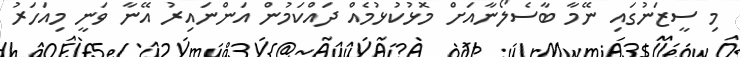
މި ސީޒަނުގައި ނޭމާ ބާސެލޯނާއަށް މޮޅުކުޅުމެއް ދައްކަމުން އަންނައިރު އޭނާ ވަނީ މިއަހަރު